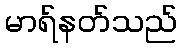
မာရ်နတ်သည်